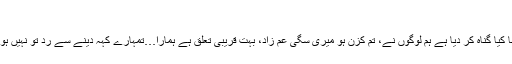
‘‘
’’کیوں ایسا کیا گناہ کر دیا ہے ہم لوگوں نے، تم کزن ہو میری سگی عم زاد، بہت قریبی تعلق ہے ہمارا…تمہارے کہہ دینے سے رد تو نہیں ہو جائے گا۔